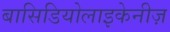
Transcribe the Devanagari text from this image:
बासिडियोलाइकेनीज़